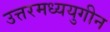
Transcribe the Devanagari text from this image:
उत्तरमध्ययुगीन